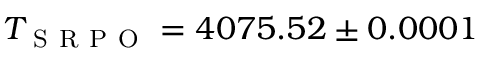
T _ { \mathrm { ~ S ~ R ~ P ~ O ~ } } = 4 0 7 5 . 5 2 \pm 0 . 0 0 0 1